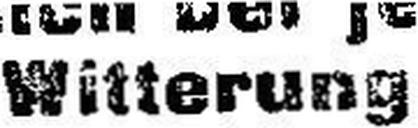
Witterung